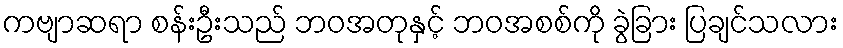
ကဗျာဆရာ စန်းဦးသည် ဘဝအတုနှင့် ဘဝအစစ်ကို ခွဲခြား ပြချင်သလား